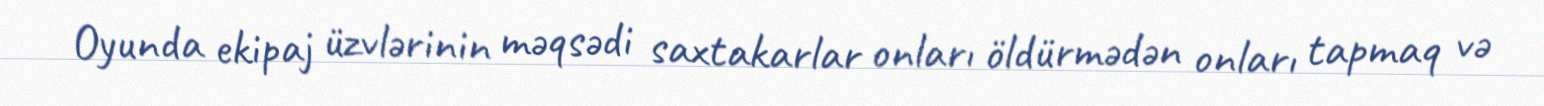
Oyunda ekipaj üzvlərinin məqsədi saxtakarlar onları öldürmədən onları tapmaq və